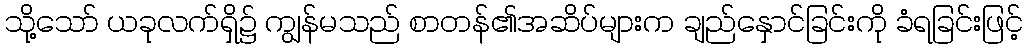
သို့သော် ယခုလက်ရှိ၌ ကျွန်မသည် စာတန်၏အဆိပ်များက ချည်နှောင်ခြင်းကို ခံရခြင်းဖြင့်